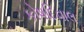
કોષદિવાલ